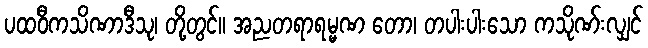
ပထဝီကသိဏာဒီသု၊ တို့တွင်။ အညတရာရမ္မဏ တော၊ တပါးပါးသော ကသိုဏ်းလျှင်